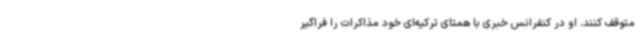
متوقف کنند. او در کنفرانس خبری با همتای ترکیه‌ای خود مذاکرات را فراگیر